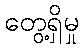
တွေ့ရှိမှု